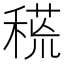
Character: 𥠸